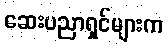
ဆေးပညာရှင်များက